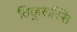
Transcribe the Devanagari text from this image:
तिक्कुरूस्सि